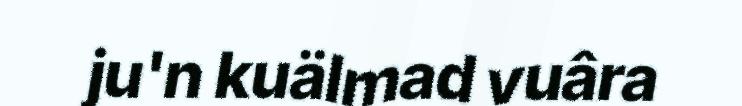
ju'n kuälmad vuâra